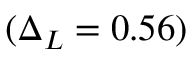
( \Delta _ { L } = 0 . 5 6 )